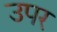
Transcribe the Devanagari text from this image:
उपर